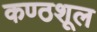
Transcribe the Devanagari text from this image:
कण्ठशूल